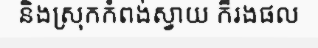
និងស្រុកកំពង់ស្វាយ ក៏រងផល